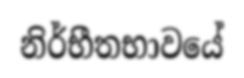
නිර්භීතභාවයේ